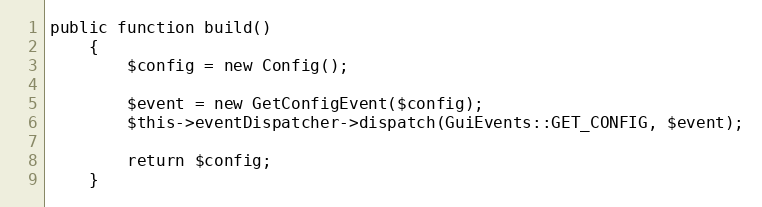
Language: PHP
public function build()
    {
        $config = new Config();

        $event = new GetConfigEvent($config);
        $this->eventDispatcher->dispatch(GuiEvents::GET_CONFIG, $event);

        return $config;
    }